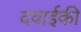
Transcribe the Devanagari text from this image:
दवाईकी